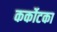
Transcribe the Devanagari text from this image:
कर्कोटका